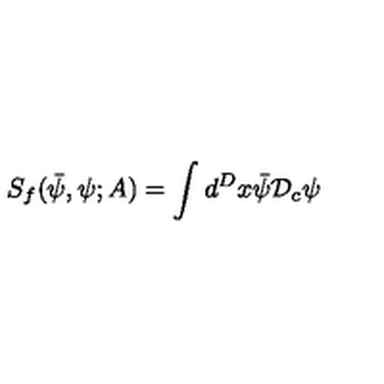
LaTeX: S _ { f } ( { \bar { \psi } } , \psi ; A ) = \int d ^ { D } x { \bar { \psi } } { \mathcal D } _ { c } \psi